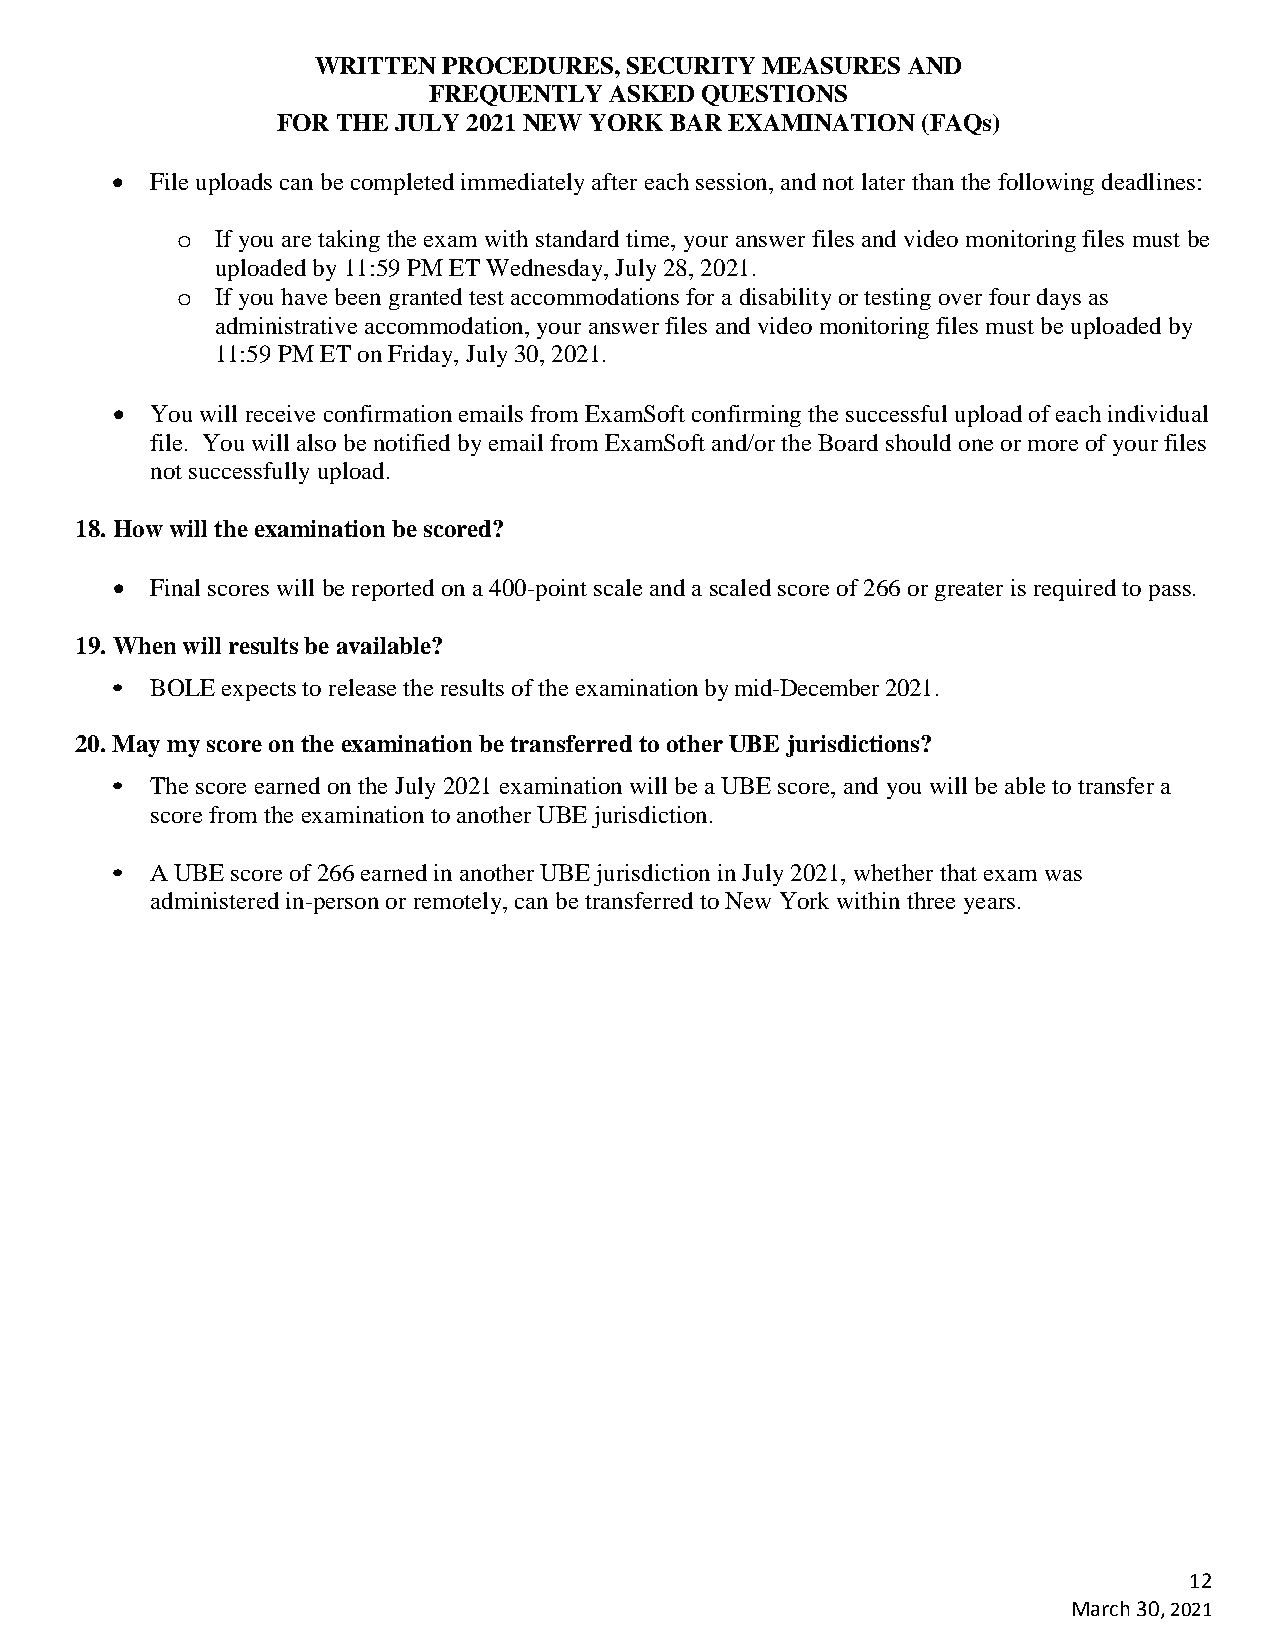
WRITTEN PROCEDURES,  SECURITY MEASURES AND
 FREQUENTLY  ASKED QUESTIONS
 FOR THE JULY 2021 NEW YORK BAR EXAMINATION (FAQs)
 •  File uploads can be completed immediately after each session, and not later than the following deadlines:
 If you are taking the exam with standard time, your answer files and video monitoring files must be
 o
 uploaded by 11:59 PM ET Wednesday, July 28, 2021.
 If you have been granted test accommodations for a disability or testing over four days as
 o
 administrative accommodation, your answer files and video monitoring files must be uploaded by
 11:59 PM ET on Friday, July 30, 2021.
 •  You will receive confirmation emails from ExamSoft confirming the successful upload of each individual
 file. You will also be notified by email from ExamSoft and/or the Board should one or more of your files
 not successfully upload.
 18. How will the examination be scored?
 •  Final scores will be reported on a 400-point scale and a scaled score of 266 or greater is required to pass.
 19. When will results be available?
 •  BOLE expects to release the results of the examination by mid-December 2021.
 20. May my score on the examination be transferred to other UBE jurisdictions?
 •  The score earned on the July 2021 examination will be a UBE score, and you will be able to transfer a
 score from the examination to another UBE jurisdiction.
 •  A UBE score of 266 earned in another UBE jurisdiction in July 2021, whether that exam was
 administered in-person or remotely, can be transferred to New York within three years.
 12
 March 30, 2021